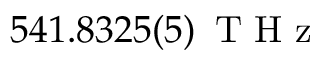
5 4 1 . 8 3 2 5 ( 5 ) \ensuremath { \, \mathrm { ~ T ~ H ~ z ~ } }